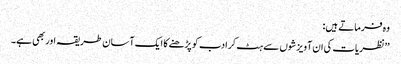
وہ فرماتے ہیں :
’’نظریات کی ان آویزشوں سے ہٹ کر ادب کو پڑھنے کا ایک آسان طریقہ اور بھی ہے۔